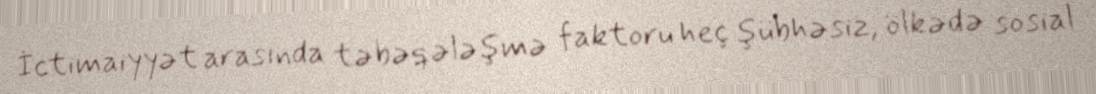
İctimaiyyət arasında təbəqələşmə faktoru heç şübhəsiz, ölkədə sosial